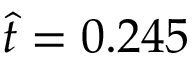
\hat { t } = 0 . 2 4 5